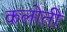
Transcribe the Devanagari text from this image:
कलोती